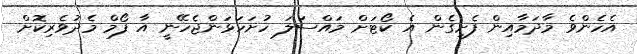
އެހެންވެ މާދަމާއިން ފެށިގެން އެ ކޯޓަށް މައްސަލަ ހުށަހަޅަންޖެހޭނީ އާ ފޯމް މެދުވެރިކޮށް